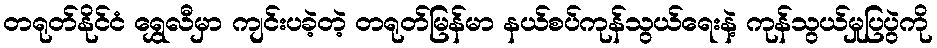
တရုတ်နိုင်ငံ ရွှေလီမှာ ကျင်းပခဲ့တဲ့ တရုတ်မြန်မာ နယ်စပ်ကုန်သွယ်ရေးနဲ့ ကုန်သွယ်မှုပြပွဲကို